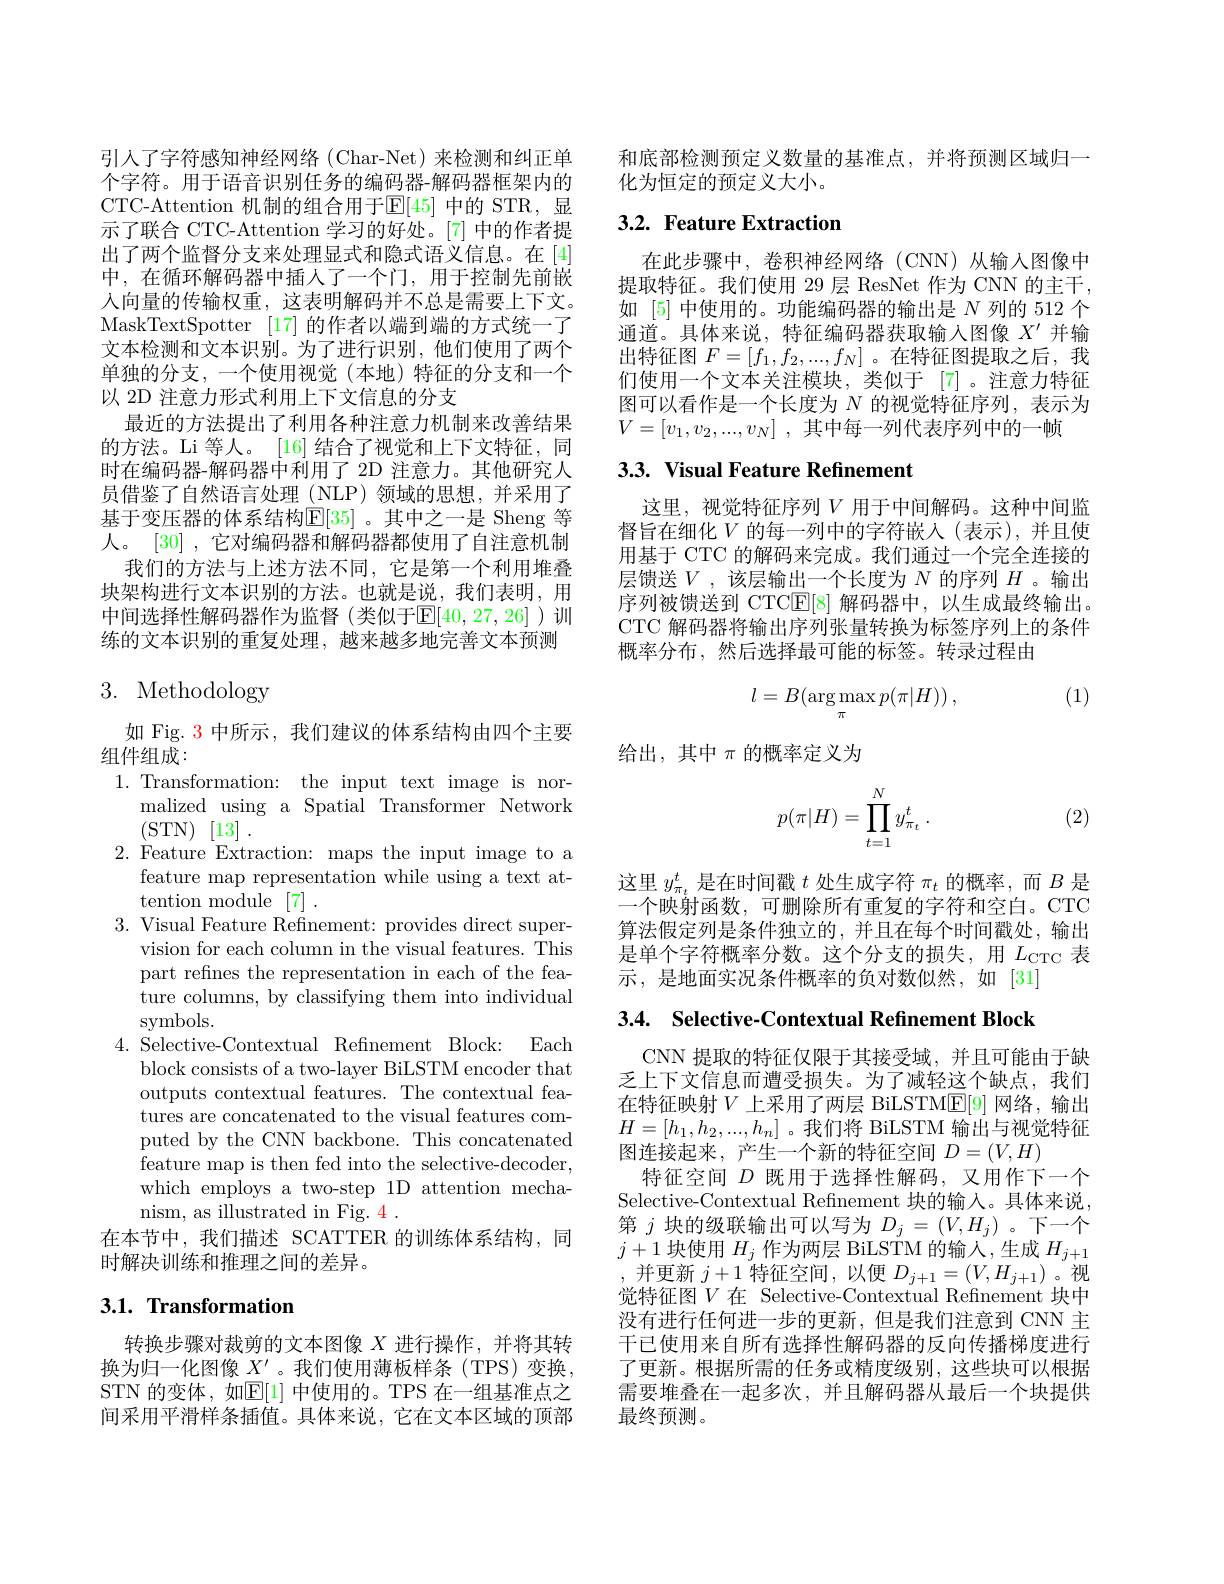
引人了字符感知神经网络(Char-Net)来检测和纠正单个字符。用于语音识别任务的编码器-解码器框架内的CTC-Attention 机制的组合用于$\mathbb{E}[45]$ 中的 STR,显示了联合 CTC-Attention 学习的好处。[7] 中的作者提出了两个监督分支来处理显式和隐式语义信息。在[4] 中，在循环解码器中插人了一个门，用于控制先前嵌入向量的传输权重，这表明解码并不总是需要上下文。MaskTextSpotter [17]的作者以端到端的方式统一了文本检测和文本识别。为了进行识别，他们使用了两个单独的分支，一个使用视觉(本地)特征的分支和一个以 2D 注意力形式利用上下文信息的分支
最近的方法提出了利用各种注意力机制来改善结果的方法。Li 等人。[16]结合了视觉和上下文特征，同时在编码器-解码器中利用了 2D 注意力。其他研究人员借鉴了自然语言处理 (NLP)领域的思想，并采用了基于变压器的体系结构$\mathbb{E}[35]$ 。其中之一是 Sheng 等人。[30] , 它对编码器和解码器都使用了自注意机制
我们的方法与上述方法不同，它是第一个利用堆叠块架构进行文本识别的方法。也就是说，我们表明，用中间选择性解码器作为监督(类似于$\mathbb{E}[40,27,26]$ )训练的文本识别的重复处理，越来越多地完善文本预测

# 3. Methodology

如 Fig. $\color{red}{3}$中所示，我们建议的体系结构由四个主要
组件组成：
1. Transformation: the input text image is nor-
malized using a Spatial Transformer Network
(STN) [13] .
2. Feature Extraction: maps the input image to a
feature map representation while using a text at-
tention module [7] .
3. Visual Feature Refinement: provides direct super-
vision for each column in the visual features. This part refines the representation in each of the feature columns, by classifying them into individual symbols.
4. Selective-Contextual Refnement Block: Each
block consists of a two-layer BiLSTM encoder that outputs contextual features. The contextual features are concatenated to the visual features computed by the CNN backbone. This concatenated feature map is then fed into the selective-decoder, which employs a two-step 1D attention mechanism, as illustrated in Fig. 4 .
在本节中，我们描述 SCATTER 的训练体系结构，同
时解决训练和推理之间的差异。

## 3.1. Transformation

转换步骤对裁剪的文本图像$X$进行操作，并将其转换为归一化图像$X^\prime$ 。我们使用薄板样条(TPS)变换， STN 的变体，如$\mathbb{E}[1]$ 中使用的。TPS 在一组基准点之间采用平滑样条插值。具体来说，它在文本区域的顶部

和底部检测预定义数量的基准点，并将预测区域归一
化为恒定的预定义大小。

## 3.2. Feature Extraction

在此步骤中，卷积神经网络(CNN)从输入图像中提取特征。我们使用 29 层 ResNet 作为 CNN 的主干， 如 [5] 中使用的。功能编码器的输出是 N 列的 512 个通道。具体来说，特征编码器获取输入图像$X^{\prime}$并输出特征图$F=[f_1,f_2,...,f_N]$ 。在特征图提取之后，我们使用一个文本关注模块，类似于[7]。注意力特征图可以看作是一个长度为$N$的视觉特征序列，表示为$V= [ v_1, v_2, . . . , v_N]$ ,其中每一列代表序列中的一帧

# 3.3. Visual Feature Refinement

这里，视觉特征序列$V$ 用于中间解码。这种中间监督旨在细化$V$ 的每一列中的字符嵌入(表示),并且使用基于 CTC 的解码来完成。我们通过一个完全连接的层馈送$V$,该层输出一个长度为 $N$ 的序列 $H$ 。输出序列被馈送到 CTCE[8]解码器中，以生成最终输出。CTC 解码器将输出序列张量转换为标签序列上的条件概率分布，然后选择最可能的标签。转录过程由

(1)
$$l=B(\arg\max_{\pi}p(\pi|H))\:,$$
给出，其中$\pi$的概率定义为
$$p(\pi|H)=\prod_{t=1}^Ny_{\pi_t}^t\:.$$
(2)

这里$y_{\pi_t}^t$是在时间戳$t$处生成字符$\pi_t$的概率，而$B$是一个映射函数，可删除所有重复的字符和空白。CTC 算法假定列是条件独立的，并且在每个时间戳处，输出是单个字符概率分数。这个分支的损失，用$L_\mathrm{CTC}$ 表示，是地面实况条件概率的负对数似然，如[31]

3.4. Selective-Contextual Refinement Block

CNN 提取的特征仅限于其接受域，并且可能由于缺乏上下文信息而遭受损失。为了减轻这个缺点，我们在特征映射$V$ 上采用了两层 BiLSTM$\mathbb{E}[9]$ 网络，输出$H=[h_1,h_2,...,h_n]$ 。我们将 BiLSTM 输出与视觉特征$\dot{\text{图连接起来，产生一个新的特征空间 }D}=(V,H)$
特征空间$D$既用于选择性解码，又用作下一个Selective-Contextual Refnement 块的输入。具体来说， 第$j$块的级联输出可以写为$D_j=(V,H_j)$ 。下一个$j+1$块使用$H_j$作为两层 BiLSTM 的输入，生成$H_j+1$ ,并更新$j+1$特征空间，以便$D_j+1=(V,H_{j+1})$。视觉特征图$V$在 Selective-Contextual Refinement 块中没有进行任何进一步的更新，但是我们注意到 CNN 主干已使用来自所有选择性解码器的反向传播梯度进行了更新。根据所需的任务或精度级别，这些块可以根据需要堆叠在一起多次，并且解码器从最后一个块提供最终预测。